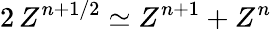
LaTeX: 2\, Z^{n+1/2}\simeq Z^{n+1}+Z^{n}